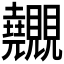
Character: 𧢬